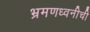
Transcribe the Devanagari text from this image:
भ्रमणध्वनीची